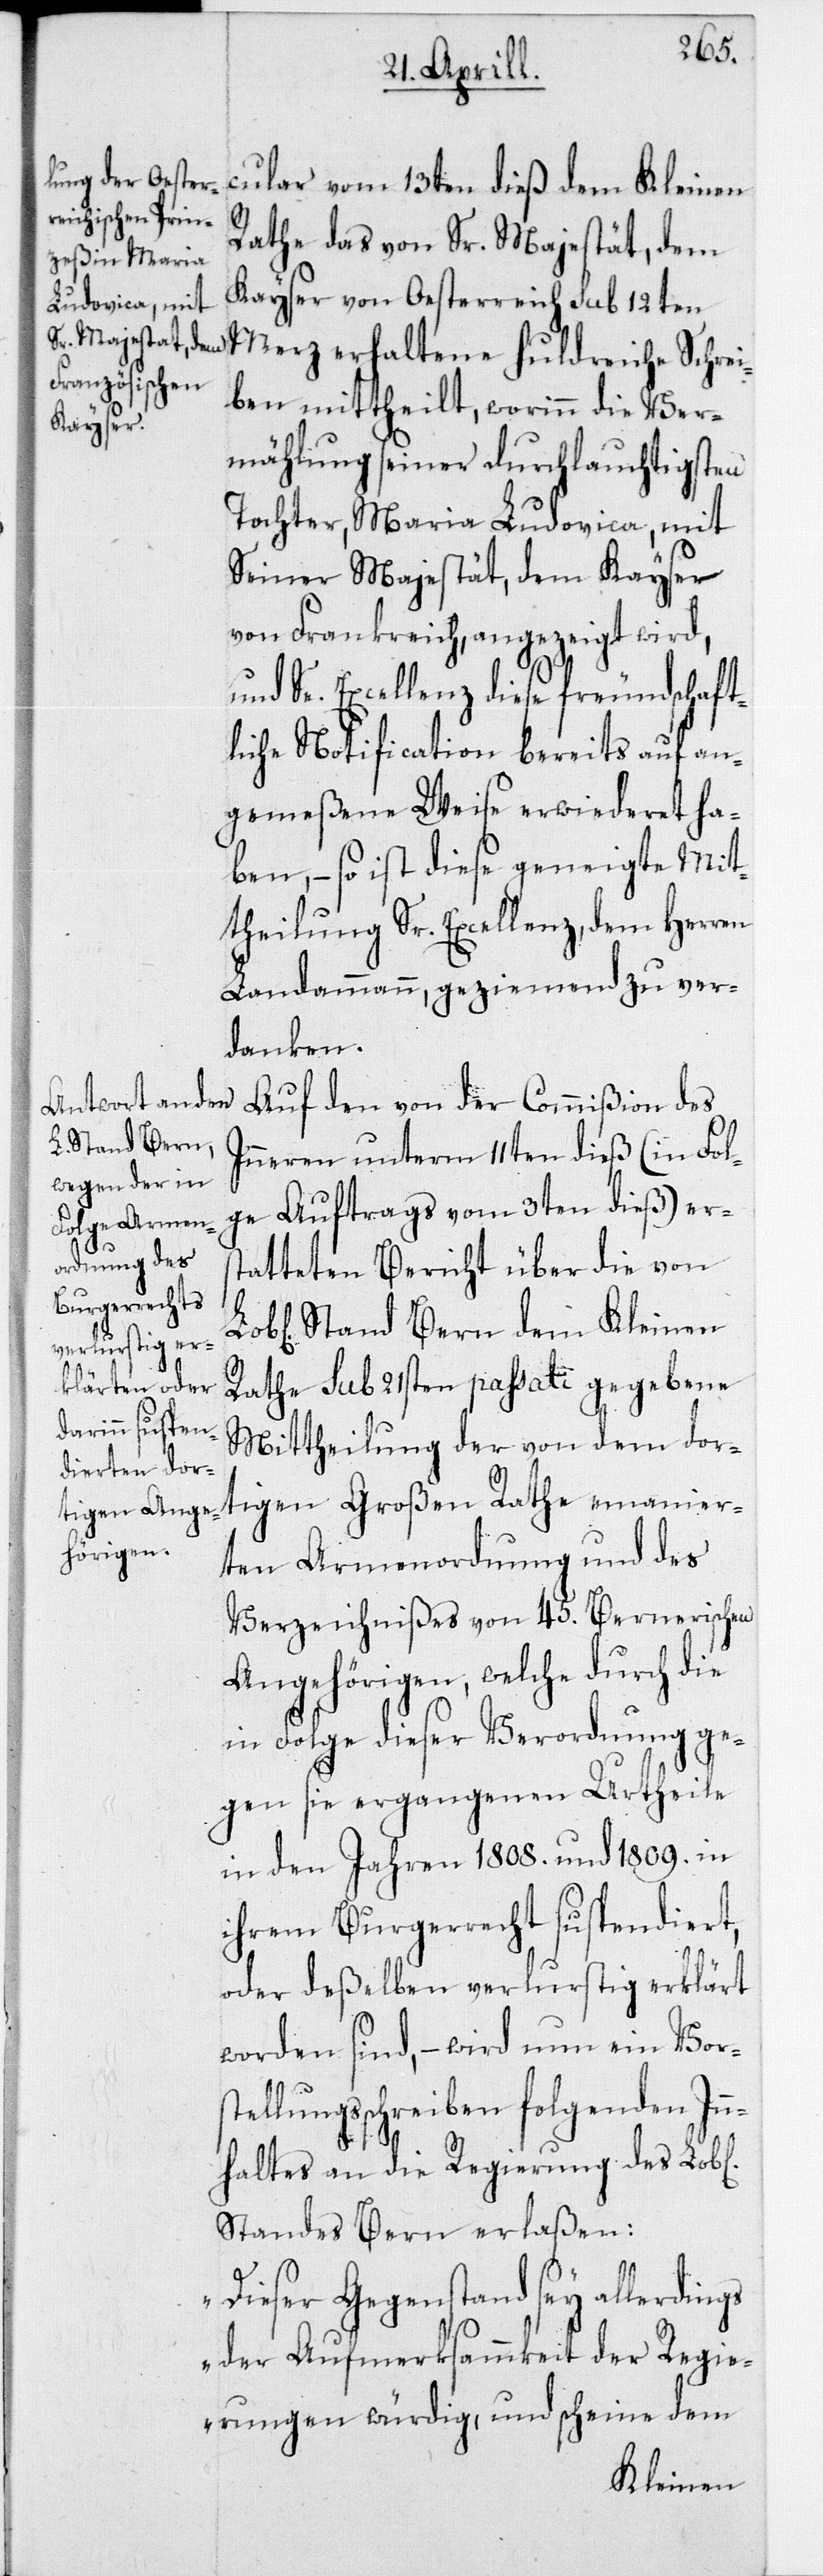
cular vom 13ten dieß dem Kleinen
Rathe das von Sr. Majestät, dem
Kayser von Oesterreich sub 12ten
Merz erhaltene huldreiche Schrei¬
ben mittheilt, worinn die Ver¬
chen]
mählung seiner durchlauchtigsten
Tochter, Maria Ludovica, mit
Seiner Majestät, dem Kayser
von Frankreich angezeigt wird,
und Se. Excellenz diese freundschaft¬
liche Notification bereits auf an¬
gemeßene Weise erwiederet ha¬
ben, – so ist diese geneigte Mit¬
theilung Sr. Excellenz, dem Herren
Landammann, geziemend zu ver¬
danken.
Auf den von der Commißion des
Inneren unterm 11ten dieß (in Fol¬
ge Auftrags vom 3ten dieß) ers¬
tatteten Bericht über die von
Stand Bern dem Kleinen
Rathe sub 21sten passati gegebene
Mittheilung der von dem dor¬
tigen Großen Rathe emanier¬
ten Armenordnung und des
Verzeichnißes von 45. Bernerischen
Angehörigen, welche durch die
in Folge dieser Verordnung ge¬
gen sie ergangenen Urtheile
in den Jahren 1808. und 1809. in
ihrem Burgerrecht suspendiert,
oder deßelben verlurstig erklärt
worden sind, – wird nun ein Vorst¬
ellungsschreiben folgenden Inn¬
haltes an die Regierung des Lob[li¬
Standes Bern erlaßen:
„Dieser Gegenstand sey allerdings
der Aufmerksammkeit der Regie¬
rungen würdig, und scheine dem